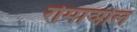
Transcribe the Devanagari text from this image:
रोमाञोल